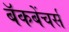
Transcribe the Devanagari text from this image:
बॅकबेंचर्स